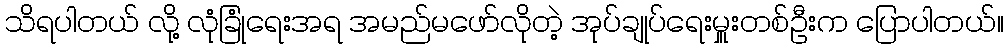
သိရပါတယ် လို့ လုံခြုံရေးအရ အမည်မဖော်လိုတဲ့ အုပ်ချုပ်ရေးမှူးတစ်ဦးက ပြောပါတယ်။